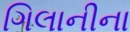
ગિલાનીના